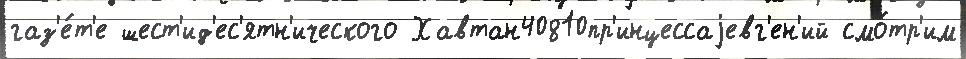
газ'е́т'е шест'ид'ес'ятн'ического Хавтан40810пр'инцессаjевг'ен'ий смо́тр'им